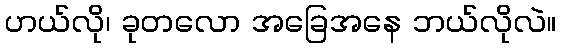
ဟယ်လို၊ ခုတလော အခြေအနေ ဘယ်လိုလဲ။